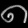
Digit: ၈